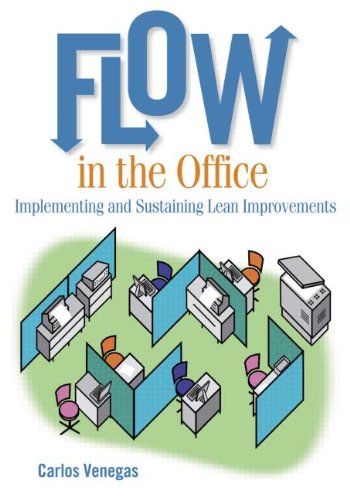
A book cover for Flow in the Office: Implementing and Sustaining Lean Improvements; Carlos Venegas; Business & Money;